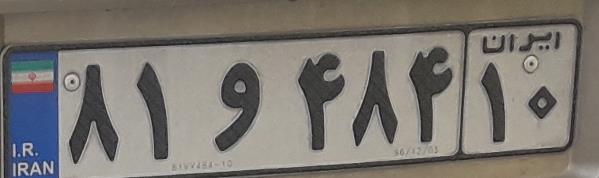
۸۱و۴۸۴۱۰